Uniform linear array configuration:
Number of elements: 64
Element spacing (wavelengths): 0.75
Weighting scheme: hamming
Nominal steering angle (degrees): -30
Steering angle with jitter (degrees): -29.085
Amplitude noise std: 0.05
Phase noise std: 0.05

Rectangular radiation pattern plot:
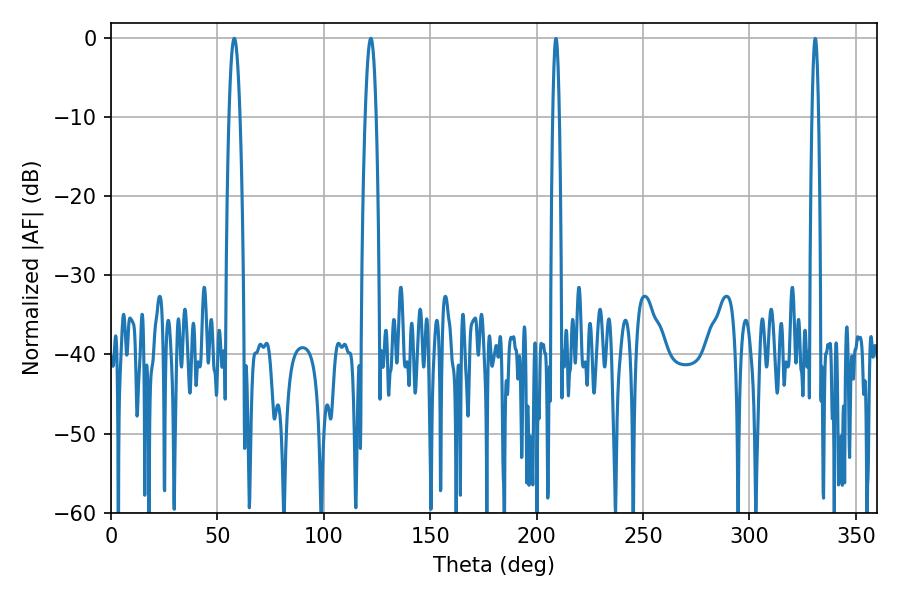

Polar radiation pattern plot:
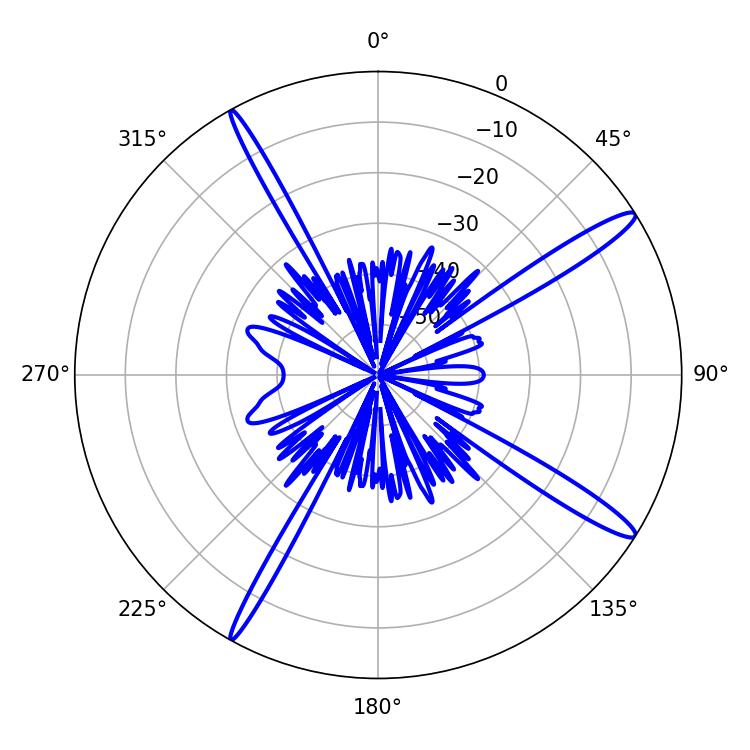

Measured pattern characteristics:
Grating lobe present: TRUE
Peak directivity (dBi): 15.252
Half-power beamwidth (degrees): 2.88
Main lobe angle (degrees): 57.96